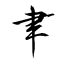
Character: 聿